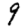
Digit: 9